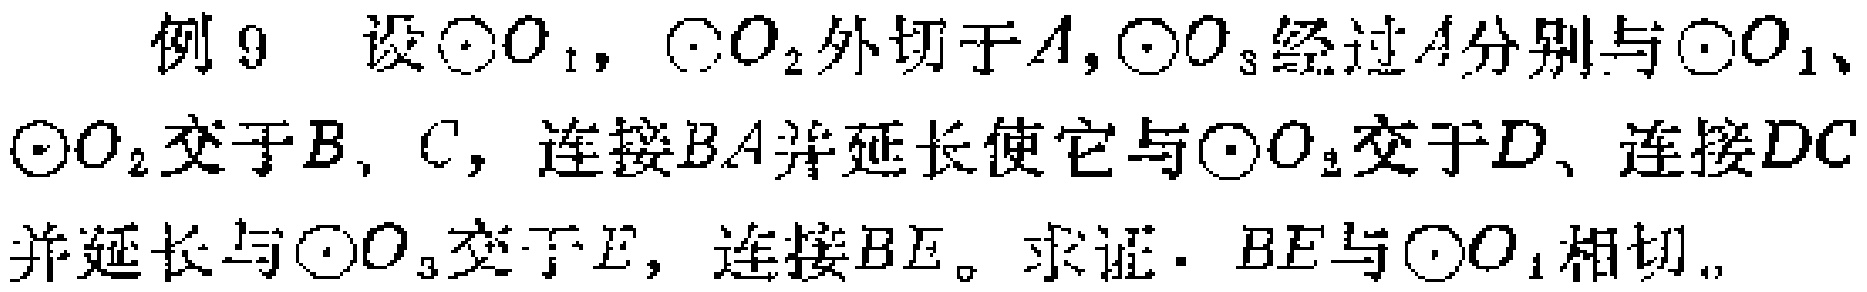
例9 设$\odot O_{1}$，$\odot O_{2}$外切于$A$，$\odot O_{3}$经过$A$分别与$\odot O_{1}$、$\odot O_{2}$交于$B$，$C$，连接$BA$并延长使它与$\odot O_{2}$交于$D$、连接$DC$并延长与$\odot O_{3}$交于$E$，连接$BE$。求证：$BE$与$\odot O_{1}$相切。